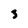
Character: 3